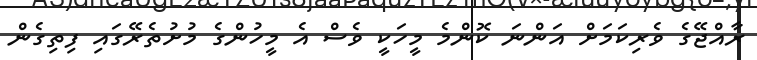
ރާއްޖޭގެ ވެރިކަމަށް އަންނަ ކޮންމެ މީހަކީ ވެސް އެ މީހުންގެ މުށުތެރޭގައި ފިތިގެން